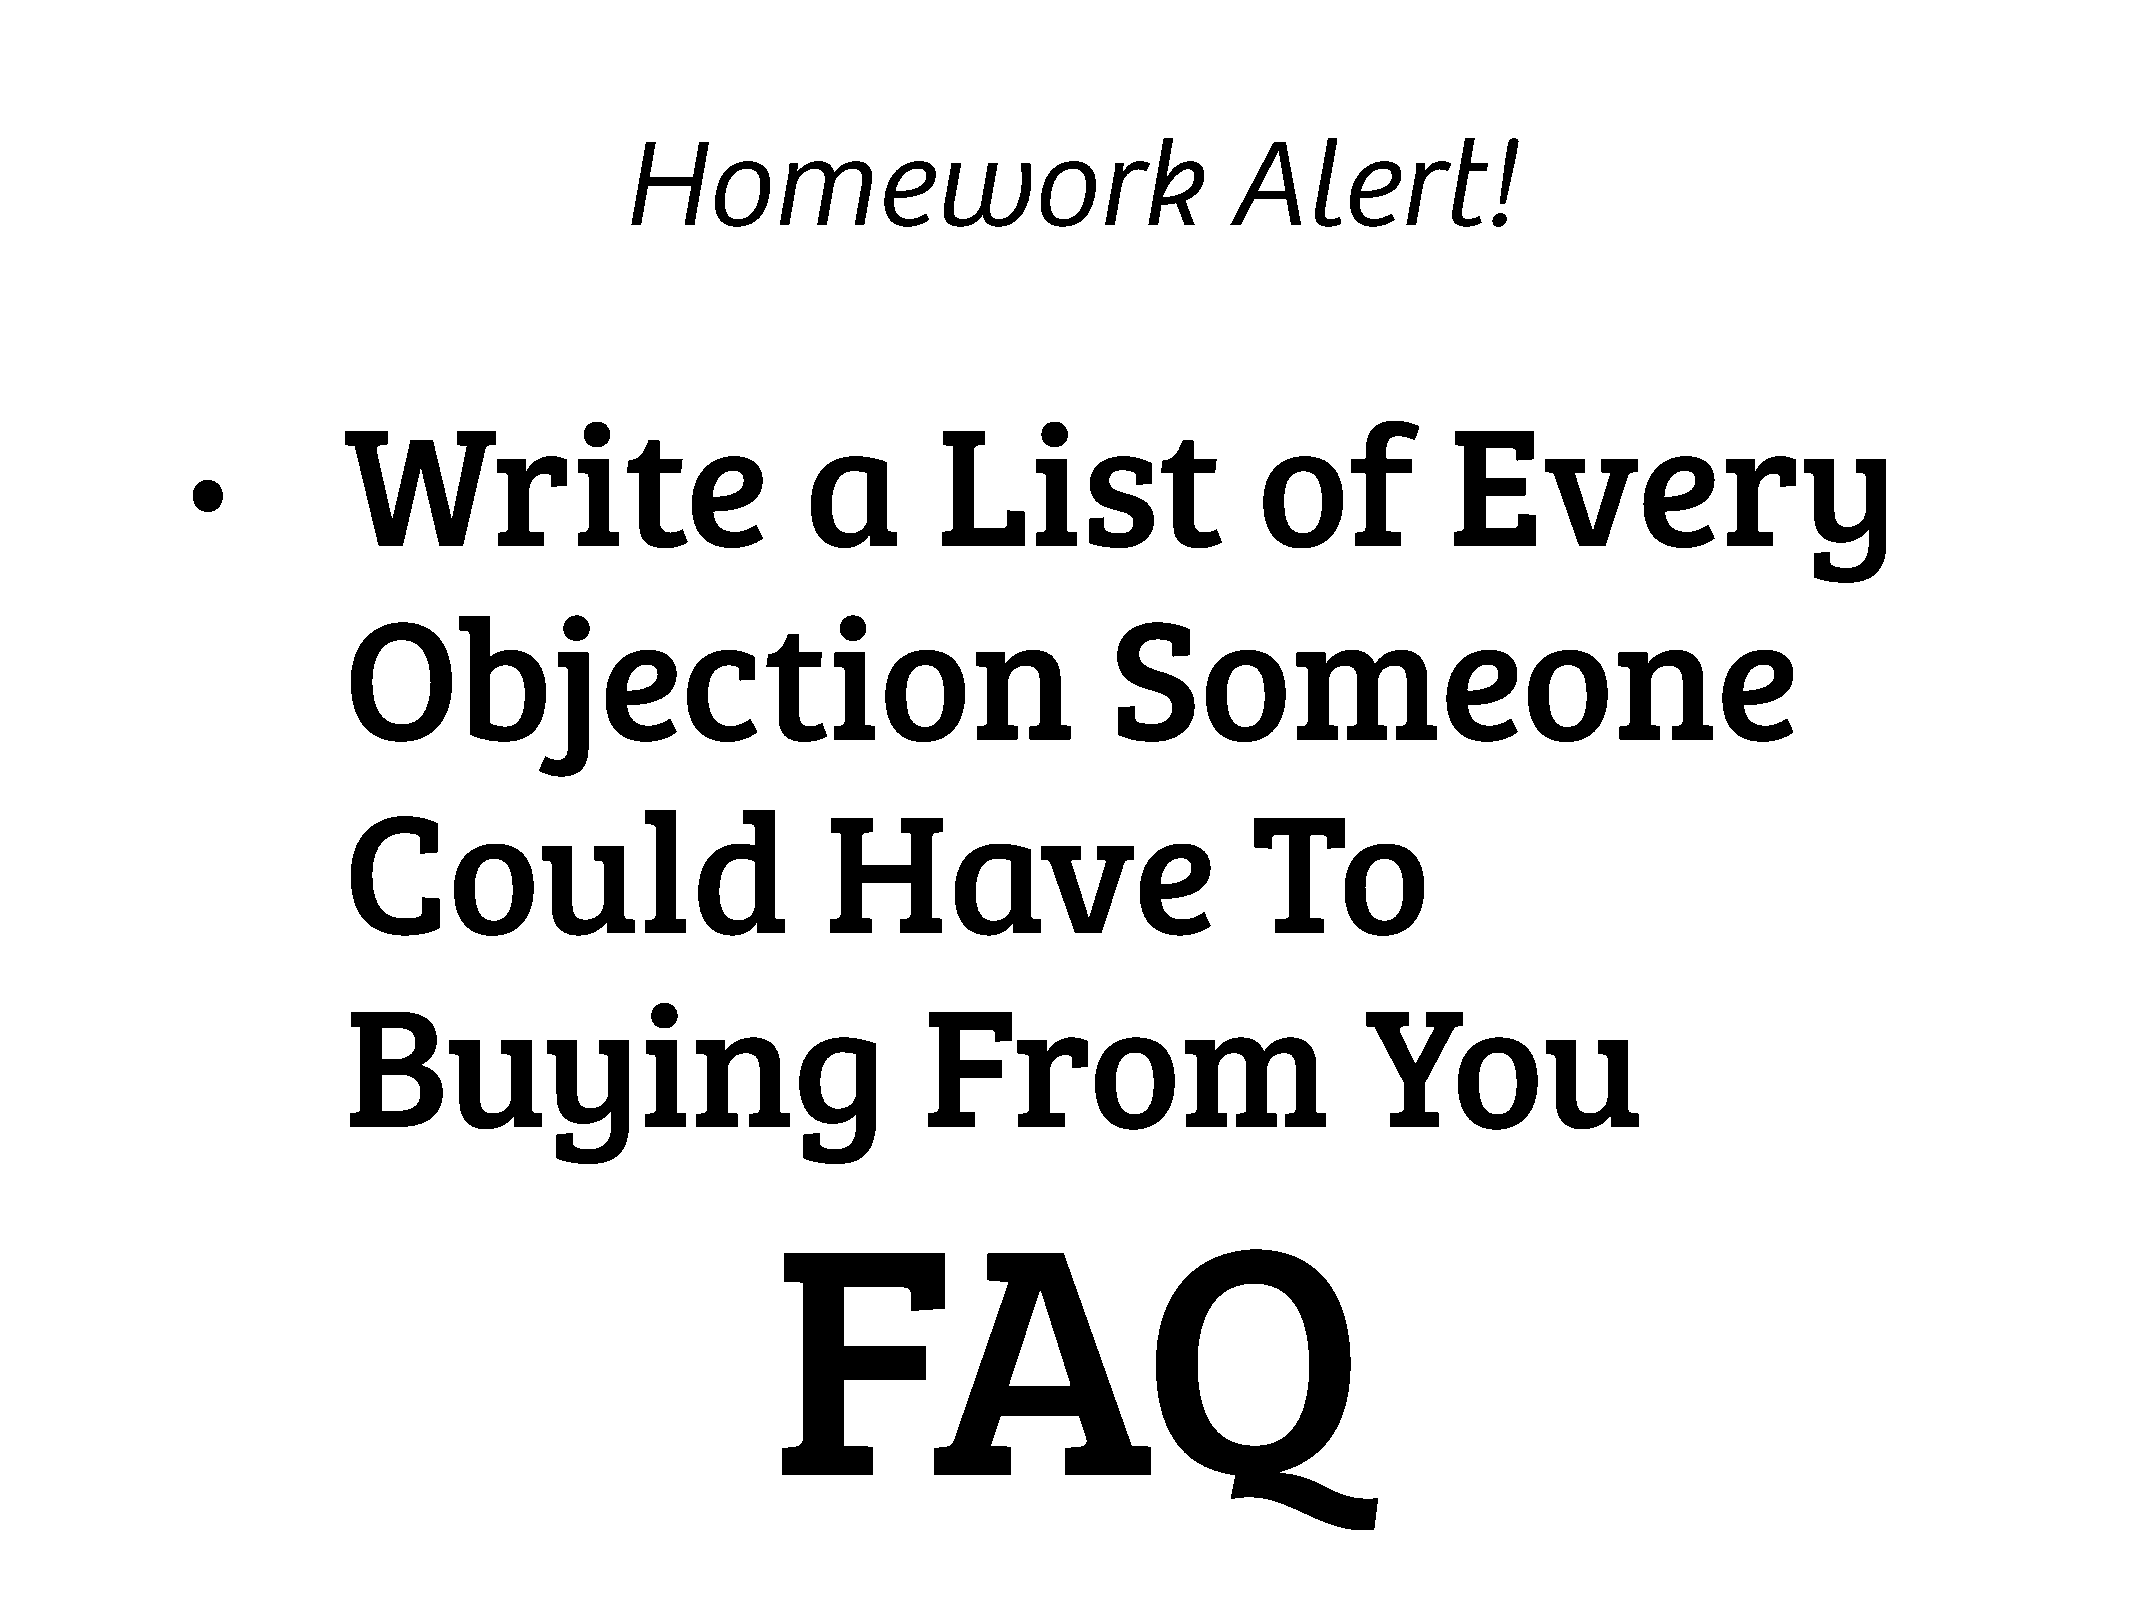
Homework                                Alert!
 Write                         a        List                 of           Every
 •
 Objection                                         Someone
 Could                           Have                        To
 Buying                                From                         You
 FAQ